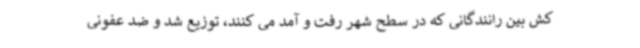
کش بین رانندگانی که در سطح شهر رفت و آمد می کنند، توزیع شد و ضد عفونی